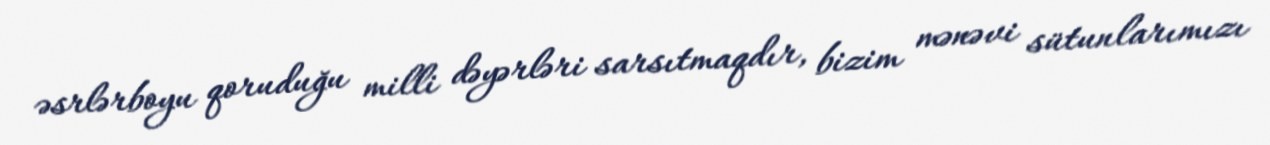
əsrlərboyu qoruduğu milli dəyərləri sarsıtmaqdır, bizim mənəvi sütunlarımızı